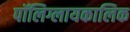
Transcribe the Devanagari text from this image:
पॉलिग्लायकालिक